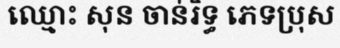
ឈ្មោះ សុន ចាន់រិទ្ធ ភេទប្រុស